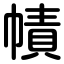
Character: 幘